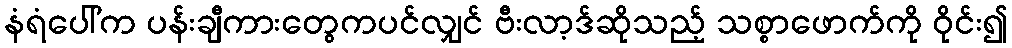
နံရံပေါ်က ပန်းချီကားတွေကပင်လျှင် ဗီးလာ့ဒ်ဆိုသည့် သစ္စာဖောက်ကို ဝိုင်း၍